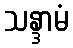
သန္ဒာမံ